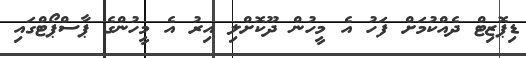
ޑިޕޮޒިޓް ދެއްކުމަށް ފަހު އެ މީހުން ދޫކޮށްލި އިރު އެ މީހުންގެ ޕާސްޕޯޓްގައި